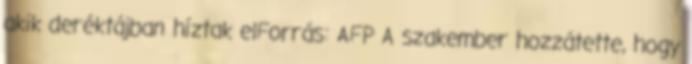
akik deréktájban híztak elForrás: AFP A szakember hozzátette, hogy